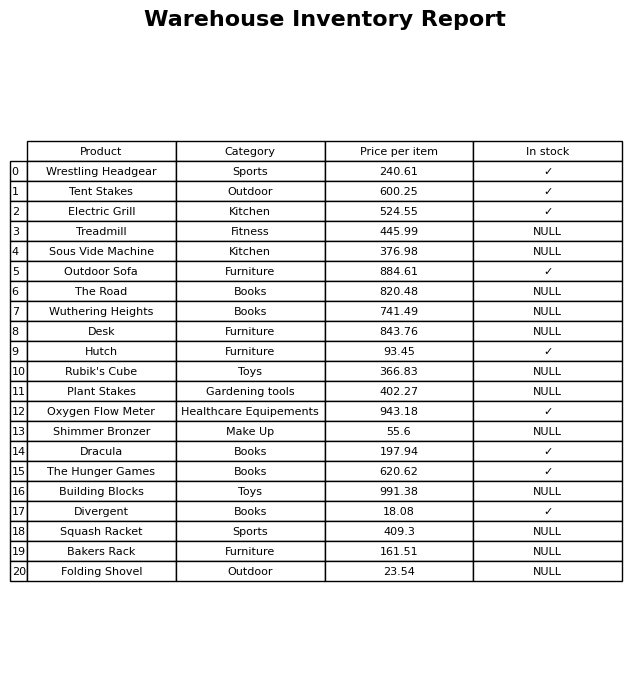
question: What is the price for Hutch?
answer: The price of Hutch is 93.45.